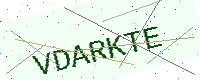
Text: VDARKTE